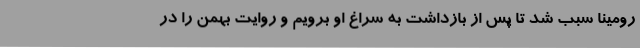
رومینا سبب شد تا پس از بازداشت به سراغ او برویم و روایت بهمن را در